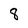
Character: 8